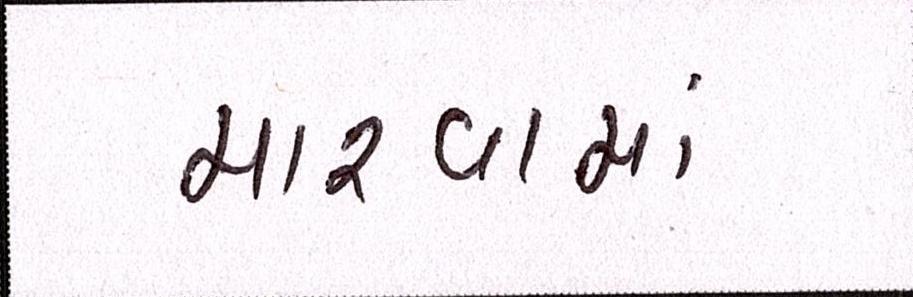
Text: મારવામાં